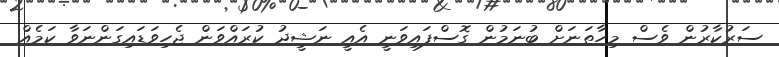
ސަރުކާރުން ވެސް މިހާތަނަށް ބުނަމުން ގޮސްފައިވަނީ އެއީ ނަޝީދު ކުރައްވަން ޖެހިވަޑައިގަންނަވާ ކަމެއް